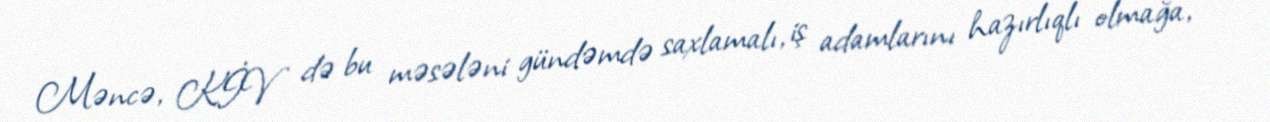
Məncə, KİV də bu məsələni gündəmdə saxlamalı, iş adamlarını hazırlıqlı olmağa,